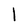
Character: 1